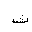
Letter: _tha